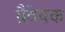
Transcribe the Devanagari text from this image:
ग्रैवेयक